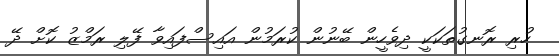
ހުރި ރޮނގުތަކަކީ ދިވެހީން ބޭނުން ކުރަމުން އައިސްފައިވާ ފޭލި ރަމްޒު ކޮށް ދޭ